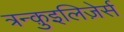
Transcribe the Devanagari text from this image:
त्रन्क़ुइलिज़ेर्स